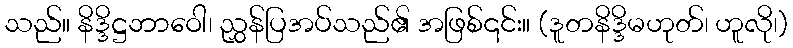
သည်။ နိဒ္ဒိဋ္ဌဘာဝေါ၊ ညွှန်ပြအပ်သည်၏ အဖြစ်၎င်း။ (ဒူတနိဒ္ဒိမဟုတ်၊ ဟူလို၊)